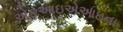
એફઆઇએઆઇના